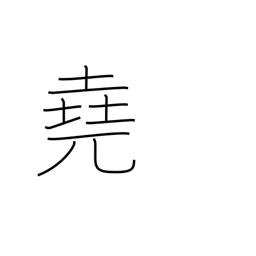
Meaning: far